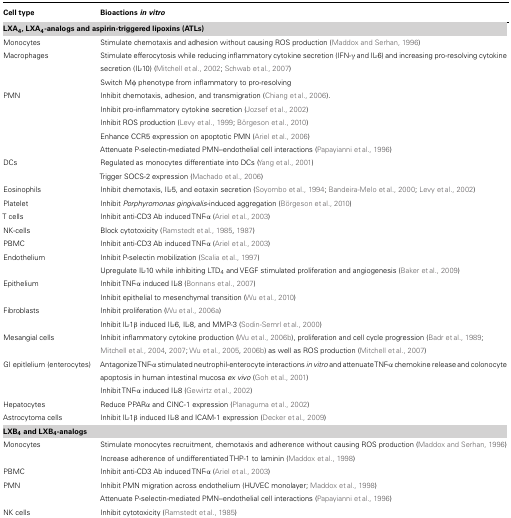
<table><thead><tr><td><b>Cell type</b></td><td><b>Bioactions<i> in vitro</i></b></td></tr><tr><td colspan="2"><b>LXA<sub>4</sub>, LXA<sub>4</sub>-analogs and aspirin-triggered lipoxins (ATLs)</b></td></tr></thead><tbody><tr><td>Monocytes</td><td>Stimulate chemotaxis and adhesion without causing ROS production (Maddox and Serhan, 1996)</td></tr><tr><td>Macrophages</td><td>Stimulate efferocytosis while reducing inflammatory cytokine secretion (IFN-γ and IL-6) and increasing pro-resolving cytokine secretion (IL-10) (Mitchell et al., 2002; Schwab et al., 2007)</td></tr><tr><td></td><td>Switch Mφ phenotype from inflammatory to pro-resolving</td></tr><tr><td>PMN</td><td>Inhibit chemotaxis, adhesion, and transmigration (Chiang et al., 2006).</td></tr><tr><td></td><td>Inhibit pro-inflammatory cytokine secretion (Jozsef et al., 2002)</td></tr><tr><td></td><td>Inhibit ROS production (Levy et al., 1999; Börgeson et al., 2010)</td></tr><tr><td></td><td>Enhance CCR5 expression on apoptotic PMN (Ariel et al., 2006)</td></tr><tr><td></td><td>Attenuate P-selectin-mediated PMN–endothelial cell interactions (Papayianni et al., 1996)</td></tr><tr><td>DCs</td><td>Regulated as monocytes differentiate into DCs (Yang et al., 2001)</td></tr><tr><td></td><td>Trigger SOCS-2 expression (Machado et al., 2006)</td></tr><tr><td>Eosinophils</td><td>Inhibit chemotaxis, IL-5, and eotaxin secretion (Soyombo et al., 1994; Bandeira-Melo et al., 2000; Levy et al., 2002)</td></tr><tr><td>Platelet</td><td>Inhibit <i>Porphyromonas gingivalis</i>-induced aggregation (Börgeson et al., 2010)</td></tr><tr><td>T cells</td><td>Inhibit anti-CD3 Ab induced TNF-α (Ariel et al., 2003)</td></tr><tr><td>NK-cells</td><td>Block cytotoxicity (Ramstedt et al., 1985, 1987)</td></tr><tr><td>PBMC</td><td>Inhibit anti-CD3 Ab induced TNF-α (Ariel et al., 2003)</td></tr><tr><td>Endothelium</td><td>Inhibit P-selectin mobilization (Scalia et al., 1997) </td></tr><tr><td></td><td>Upregulate IL-10 while inhibiting LTD<sub>4</sub> and VEGF stimulated proliferation and angiogenesis (Baker et al., 2009)</td></tr><tr><td>Epithelium</td><td>Inhibit TNF-α induced IL-8 (Bonnans et al., 2007)</td></tr><tr><td></td><td>Inhibit epithelial to mesenchymal transition (Wu et al., 2010)</td></tr><tr><td>Fibroblasts</td><td>Inhibit proliferation (Wu et al., 2006a)</td></tr><tr><td></td><td>Inhibit IL-1β induced IL-6, IL-8, and MMP-3 (Sodin-Semrl et al., 2000)</td></tr><tr><td>Mesangial cells</td><td>Inhibit inflammatory cytokine production (Wu et al., 2006b), proliferation and cell cycle progression (Badr et al., 1989; Mitchell et al., 2004, 2007; Wu et al., 2005, 2006b) as well as ROS production (Mitchell et al., 2007)</td></tr><tr><td>GI epitlelium (enterocytes)</td><td>Antagonize TNF-α stimulated neutrophil-enterocyte interactions <i>in vitro</i> and attenuate TNF-α chemokine release and colonocyte apoptosis in human intestinal mucosa <i>ex vivo</i> (Goh et al., 2001)</td></tr><tr><td></td><td>Inhibit TNF-α induced IL-8 (Gewirtz et al., 2002)</td></tr><tr><td>Hepatocytes</td><td>Reduce PPARα and CINC-1 expression (Planaguma et al., 2002)</td></tr><tr><td>Astrocytoma cells</td><td>Inhibit IL-1β induced IL-8 and ICAM-1 expression (Decker et al., 2009)</td></tr><tr><td colspan="2"><b>LXB<sub>4</sub> and LXB<sub>4</sub>-analogs</b></td></tr><tr><td>Monocytes</td><td>Stimulate monocytes recruitment, chemotaxis and adherence without causing ROS production (Maddox and Serhan, 1996)</td></tr><tr><td></td><td>Increase adherence of undifferentiated THP-1 to laminin (Maddox et al., 1998)</td></tr><tr><td>PBMC</td><td>Inhibit anti-CD3 Ab induced TNF-α (Ariel et al., 2003)</td></tr><tr><td>PMN</td><td>Inhibit PMN migration across endothelium (HUVEC monolayer; Maddox et al., 1998)</td></tr><tr><td></td><td>Attenuate P-selectin-mediated PMN–endothelial cell interactions (Papayianni et al., 1996)</td></tr><tr><td>NK cells</td><td>Inhibit cytotoxicity (Ramstedt et al., 1985)</td></tr></tbody></table>